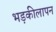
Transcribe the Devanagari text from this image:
भड़कीलापन